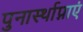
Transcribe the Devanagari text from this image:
पुनार्स्थाप्नाएं